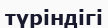
түріндігі